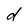
Character: d